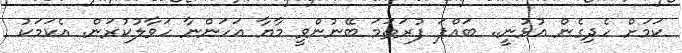
ކަމަށް ހެދިގެން އުޅުނީ.. ބައްޕަ ފުރަތަމަ ބޭނުންވީ މާޔާ އަހަންނާ ހަވާލުކުރަން. އެކަމަކު